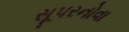
સૂપરનોવા